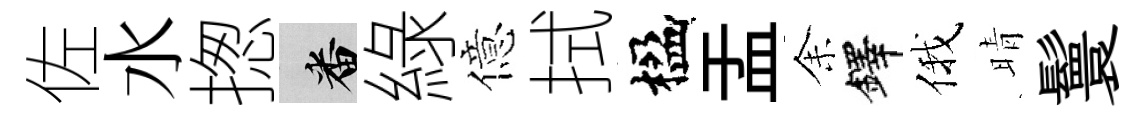
佐水揔番綠億拭楹盂𪜬鐸俄晴鬟